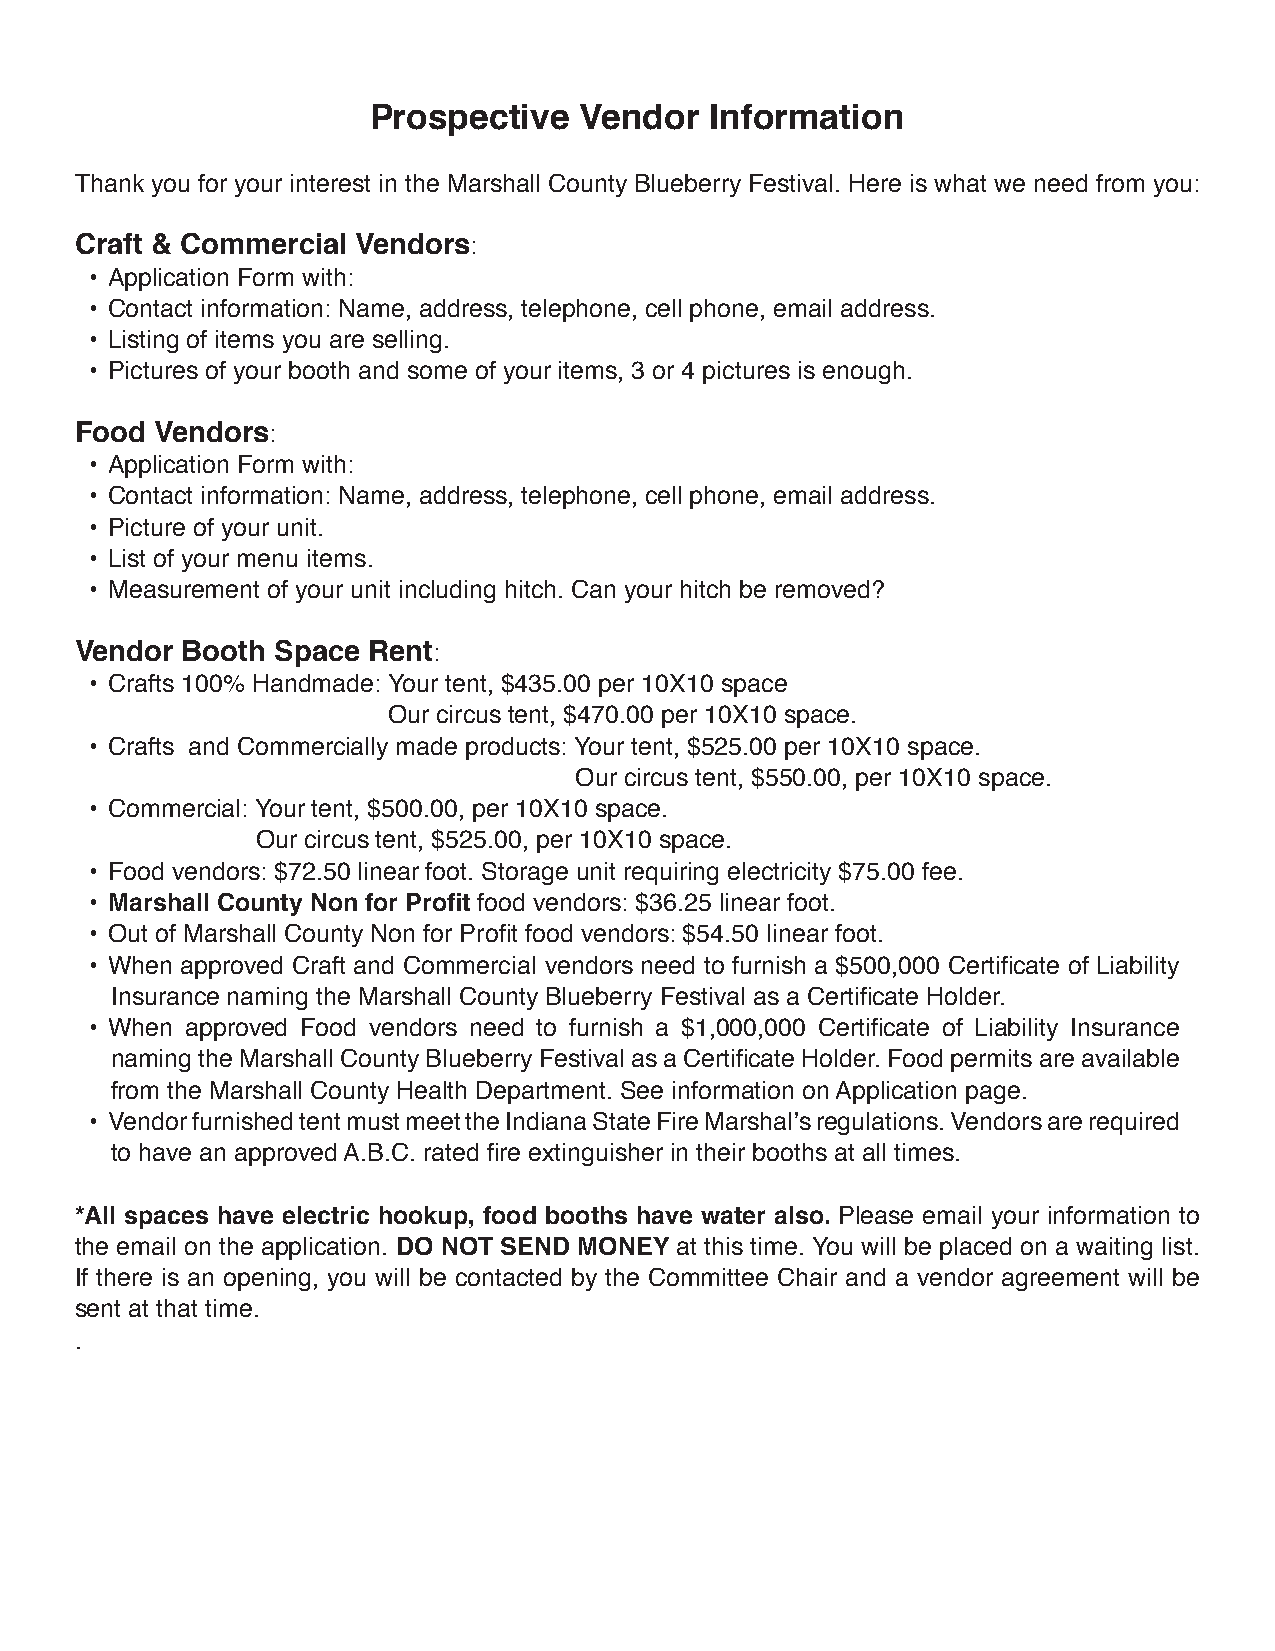
Prospective   Vendor   Information
 Thank you for your interest in the Marshall County Blueberry Festival. Here is what we need from you:
 Craft & Commercial Vendors:
 • Application Form with:
 • Contact information: Name, address, telephone, cell phone, email address.
 • Listing of items you are selling.
 • Pictures of your booth and some of your items, 3 or 4 pictures is enough.
 Food Vendors:
 • Application Form with:
 • Contact information: Name, address, telephone, cell phone, email address.
 • Picture of your unit.
 • List of your menu items.
 • Measurement of your unit including hitch. Can your hitch be removed?
 Vendor Booth Space Rent:
 • Crafts 100% Handmade: Your tent, $435.00 per 10X10 space
 Our circus tent, $470.00 per 10X10 space.
 • Crafts and Commercially made products: Your tent, $525.00 per 10X10 space.
 Our circus tent, $550.00, per 10X10 space.
 • Commercial: Your tent, $500.00, per 10X10 space.
 Our circus tent, $525.00, per 10X10 space.
 • Food vendors: $72.50 linear foot. Storage unit requiring electricity $75.00 fee.
 • Marshall County Non for Profit food vendors: $36.25 linear foot.
 • Out of Marshall County Non for Profit food vendors: $54.50 linear foot.
 • When approved Craft and Commercial vendors need to furnish a $500,000 Certificate of Liability
 Insurance naming the Marshall County Blueberry Festival as a Certificate Holder.
 • When approved Food vendors need to furnish a $1,000,000 Certificate of Liability Insurance
 naming the Marshall County Blueberry Festival as a Certificate Holder. Food permits are available
 from the Marshall County Health Department. See information on Application page.
 • Vendor furnished tent must meet the Indiana State Fire Marshal’s regulations. Vendors are required
 to have an approved A.B.C. rated fire extinguisher in their booths at all times.
 *All spaces have electric hookup, food booths have water also. Please email your information to
 the email on the application. DO NOT SEND MONEY at this time. You will be placed on a waiting list.
 If there is an opening, you will be contacted by the Committee Chair and a vendor agreement will be
 sent at that time.
 .